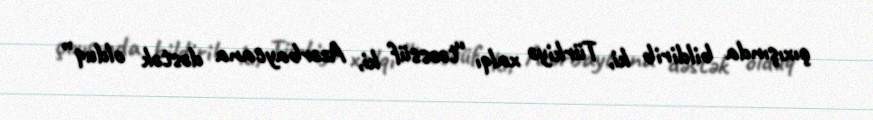
çıxışında bildirib ki, Türkiyə xalqı “təəssüf ki, Azərbaycana dəstək olduq”